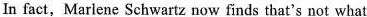
In fact, Marlene Schwartz now finds that's not what